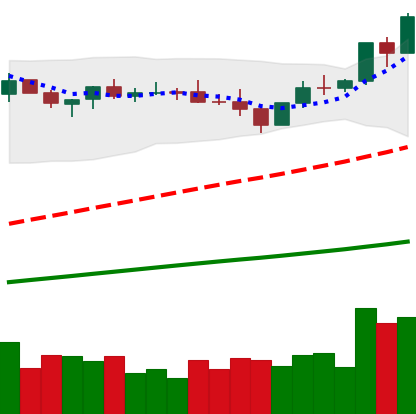
Ticker: BNB-USD
Chart end date: 2021-04-01
Forward return: 20.398%
Label: up_7plus